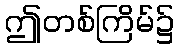
ဤတစ်ကြိမ်၌